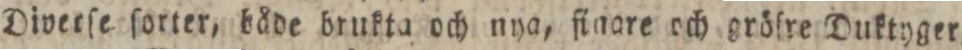
Diverſe ſorter, både brukta och nya, finare och gröſre Duktyger,